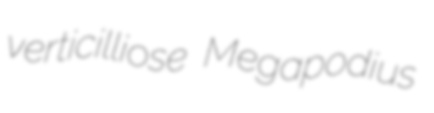
verticilliose Megapodius